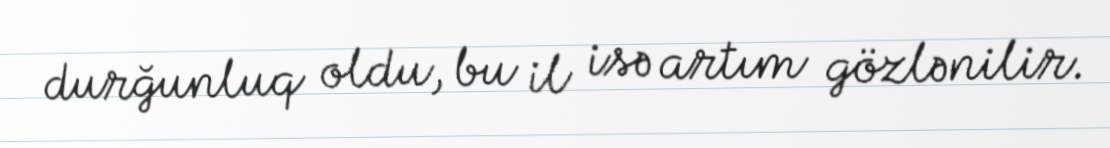
durğunluq oldu, bu il isə artım gözlənilir.